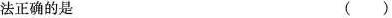
法正确的是 ()